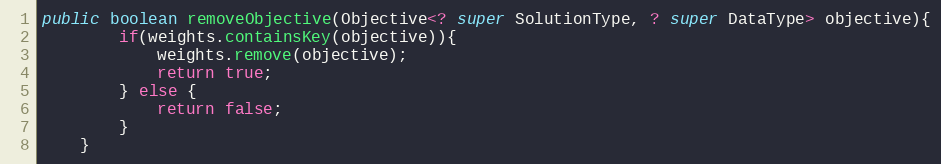
Language: Java
public boolean removeObjective(Objective<? super SolutionType, ? super DataType> objective){
        if(weights.containsKey(objective)){
            weights.remove(objective);
            return true;
        } else {
            return false;
        }
    }